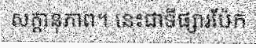
សក្តានុភាព។ នេះជាទីផ្សារប៉ែក